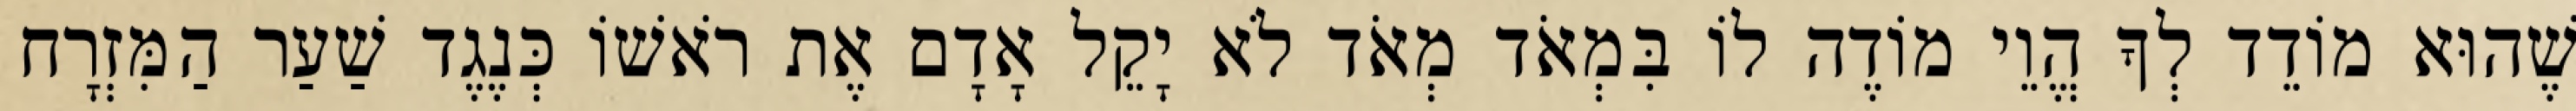
שֶׁהוּא מוֹדֵד לְךָ הֱוֵי מוֹדֶה לוֹ בִּמְאֹד מְאֹד לֹא יָקֵל אָדָם אֶת רֹאשׁוֹ כְּנֶגֶד שַׁעַר הַמִּזְרָח